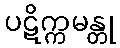
ပဋိက္ကမန္တု